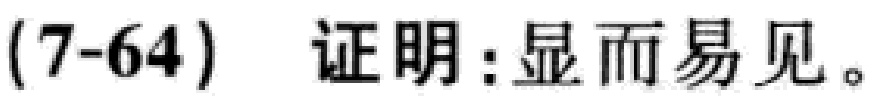
(7-64) 证明：显而易见。